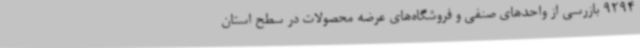
9294 بازرسی از واحدهای صنفی و فروشگاه‌های عرضه محصولات در سطح استان